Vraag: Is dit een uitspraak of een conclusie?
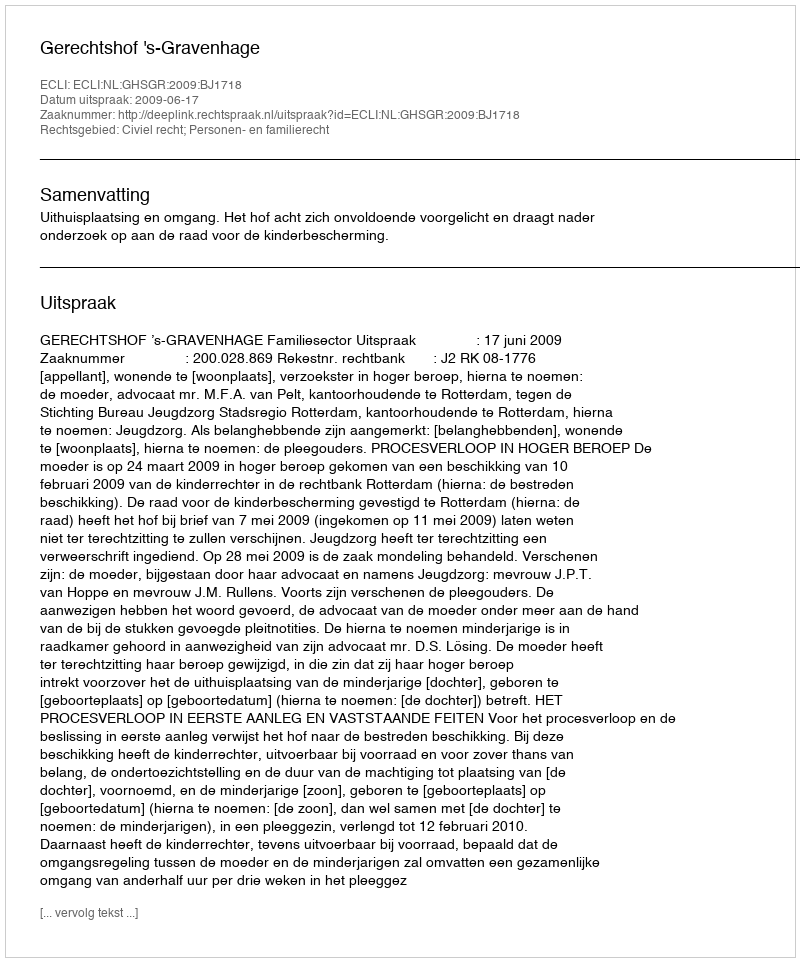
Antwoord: Uitspraak